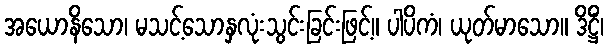
အယောနိသော၊ မသင့်သောနှလုံးသွင်းခြင်းဖြင့်။ ပါပိကံ၊ ယုတ်မာသော။ ဒိဋ္ဌိံ၊